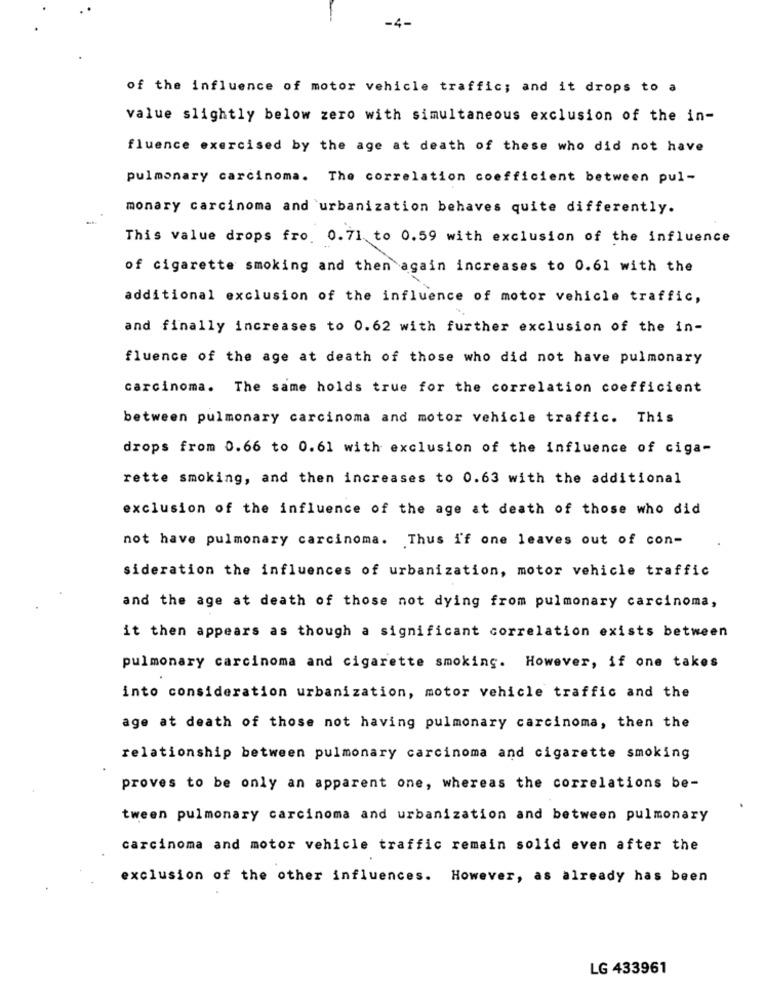
of the influence of motor vehicle traffic; and it drops to a
value slightly below zero with simultaneous exclusion of the in-
fluence exercised by the age at death of these who did not have
pulmonary carcinoma. The correlation coefficient between pul-
monary carcinoma and urbanization behaves quite differently.
This value drops fro 0.71 to 0.59 with exclusion of the influence
of cigarette smoking and then again increases to 0.61 with the
additional exclusion of the influence of motor vehicle traffic,
and finally increases to 0.62 with further exclusion of the in-
fluence of the age at death of those who did not have pulmonary
carcinoma. The same holds true for the correlation coefficient
between pulmonary carcinoma and motor vehicle traffic. This
drops from 0.66 to 0.61 with exclusion of the influence of ciga-
rette smoking, and then increases to 0.63 with the additional
exclusion of the influence of the age at death of those who did
not have pulmonary carcinoma. Thus if one leaves out of con-
sideration the influences of urbanization, motor vehicle traffic
and the age at death of those not dying from pulmonary carcinoma,
it then appears as though a significant correlation exists between
pulmonary carcinoma and cigarette smoking. However, if one takes
into consideration urbanization, motor vehicle traffic and the
age at death of those not having pulmonary carcinoma, then the
relationship between pulmonary carcinoma and cigarette smoking
proves to be only an apparent one, whereas the correlations be-
tween pulmonary carcinoma and urbanization and between pulmonary
carcinoma and motor vehicle traffic remain solid even after the
exclusion of the other influences. However, as already has been
LG 433961